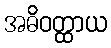
အဓိဝတ္ထာယ